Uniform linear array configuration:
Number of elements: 32
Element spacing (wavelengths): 1
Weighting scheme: exponential
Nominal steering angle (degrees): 45
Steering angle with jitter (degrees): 45.957
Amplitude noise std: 0.05
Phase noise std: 0.05

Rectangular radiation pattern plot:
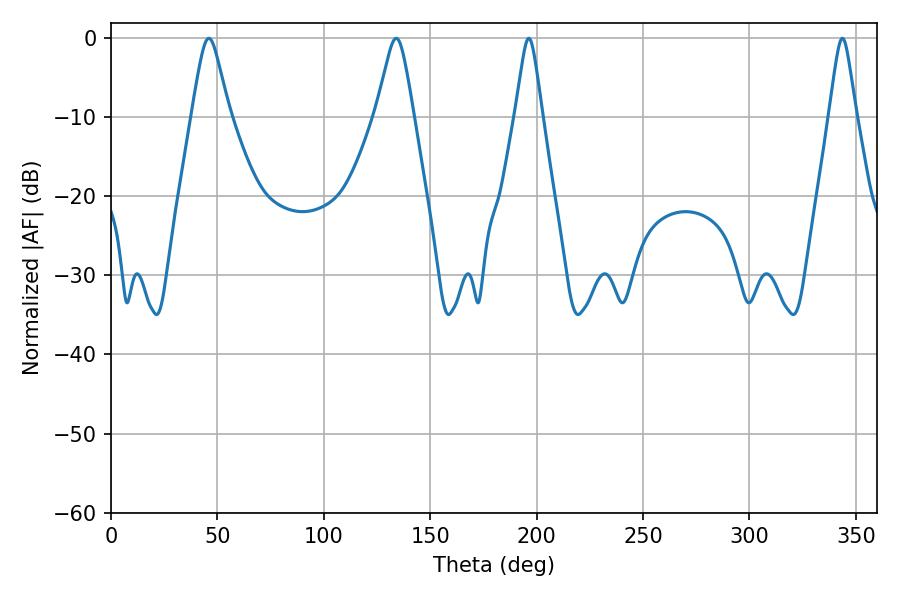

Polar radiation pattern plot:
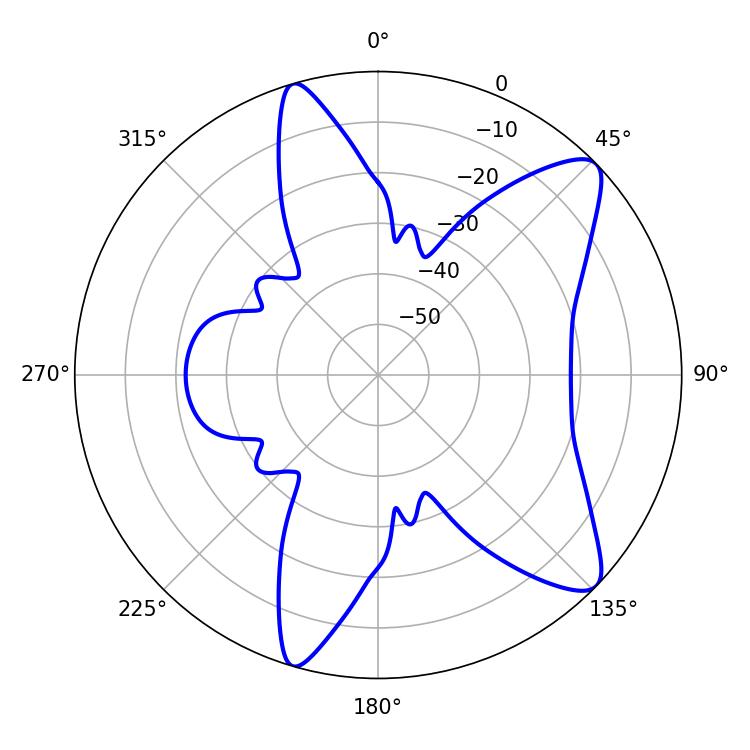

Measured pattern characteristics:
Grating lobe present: TRUE
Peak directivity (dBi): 10.128
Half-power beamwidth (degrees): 8.46
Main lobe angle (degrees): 45.9